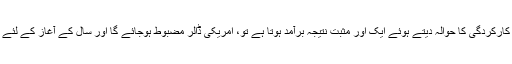
اگر دسمبر میں 10 جنوری کو صنعت کی کارکردگی کا حوالہ دیتے ہوئے ایک اور مثبت نتیجہ برآمد ہوتا ہے تو، امریکی ڈالر مضبوط ہوجائے گا اور سال کے آغاز کے لئے مارکیٹ کو ایک اچھا مزاج فراہم کرے گا۔